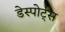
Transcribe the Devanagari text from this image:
डेस्पोर्ट्स